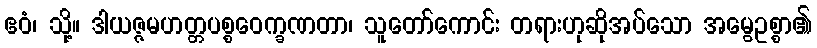
ဧဝံ၊ သို့။ ဒါယဇ္ဇမဟတ္တပစ္စဝေက္ခဏတာ၊ သူတော်ကောင်း တရားဟုဆိုအပ်သော အမွေဥစ္စာ၏